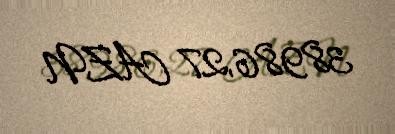
38986,27 AZN